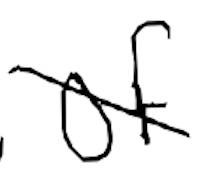
Text: of
Cross-out: mix
Writing tool: digital_black